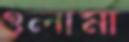
ওলামা